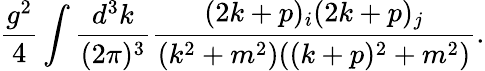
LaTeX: \frac{g^{2}}{4}\int\frac{d^{3}k}{(2\pi)^{3}}\frac{(2k+p)_{i}(2k+p)_{j}}{(k^{2}+m^{2})((k+p)^{2}+m^{2})}.